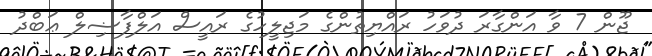
ޖޫން 7 ވާ އަންގާރަ ދުވަހު ރައްޔިތުންގެ މަޖިލީހުގެ ރައީސް އަލްފާޟިލް ޢަބްދު